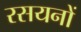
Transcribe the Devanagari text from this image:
रसयनों